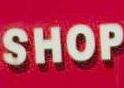
SHOP